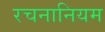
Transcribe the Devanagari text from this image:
रचनानियम